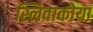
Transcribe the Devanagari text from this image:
स्लिवाकोया